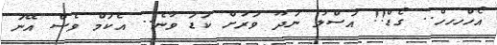
އޯހްހހހް.. ގޯޑް!! އަސްލު ނަދޫ ވަރަށް ކަޑަ ވާނެ.. އެކަމް ވެސް އޭނަ